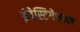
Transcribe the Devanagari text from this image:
इंवेस्टिगेशन्स